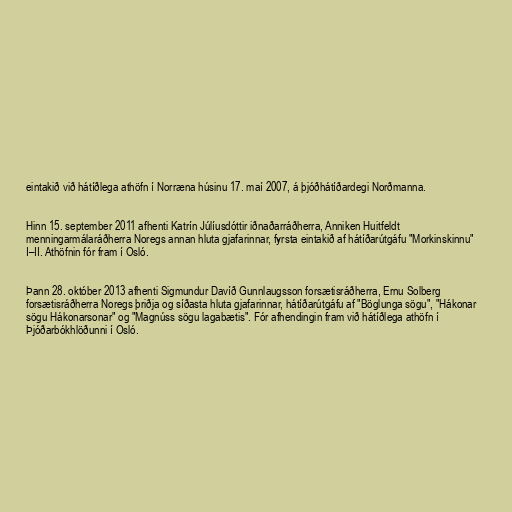
eintakið við hátíðlega athöfn í Norræna húsinu 17. maí 2007, á þjóðhátíðardegi Norðmanna.

Hinn 15. september 2011 afhenti Katrín Júlíusdóttir iðnaðarráðherra, Anniken Huitfeldt
menningarmálaráðherra Noregs annan hluta gjafarinnar, fyrsta eintakið af hátíðarútgáfu "Morkinskinnu"
I–II. Athöfnin fór fram í Osló.

Þann 28. október 2013 afhenti Sigmundur Davíð Gunnlaugsson forsætisráðherra, Ernu Solberg
forsætisráðherra Noregs þriðja og síðasta hluta gjafarinnar, hátíðarútgáfu af "Böglunga sögu", "Hákonar
sögu Hákonarsonar" og "Magnúss sögu lagabætis". Fór afhendingin fram við hátíðlega athöfn í
Þjóðarbókhlöðunni í Osló.